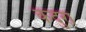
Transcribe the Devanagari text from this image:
कंदुरा